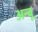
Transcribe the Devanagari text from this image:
अन्बू